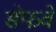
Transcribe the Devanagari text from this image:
सेफवे